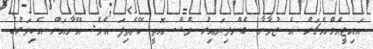
އައިޖީއެމްއެޗަށް އެ ޒުވާނާ ގެންދިޔައިރު ވެސް އޮތީ ހޭނެތިފަ އެވެ. އޭނާއަށް އެކިވަރުގެ